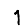
Digit: 1